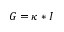
G = \kappa * I